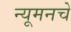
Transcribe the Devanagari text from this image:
न्यूमनचे